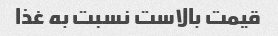
قیمت بالاست نسبت به غذا